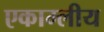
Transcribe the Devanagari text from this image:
एकाम्लीय